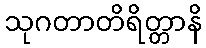
သုဂတာတိရိတ္တာနိ